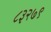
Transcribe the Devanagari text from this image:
८३२७९